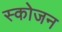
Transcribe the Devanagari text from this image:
स्कोजन